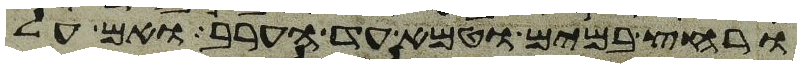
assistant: ורחץ במים וטמא עד הערב ואם על